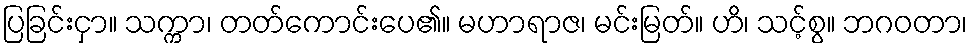
ပြခြင်းငှာ။ သက္ကာ၊ တတ်ကောင်းပေ၏။ မဟာရာဇ၊ မင်းမြတ်။ ဟိ၊ သင့်စွ။ ဘဂဝတာ၊